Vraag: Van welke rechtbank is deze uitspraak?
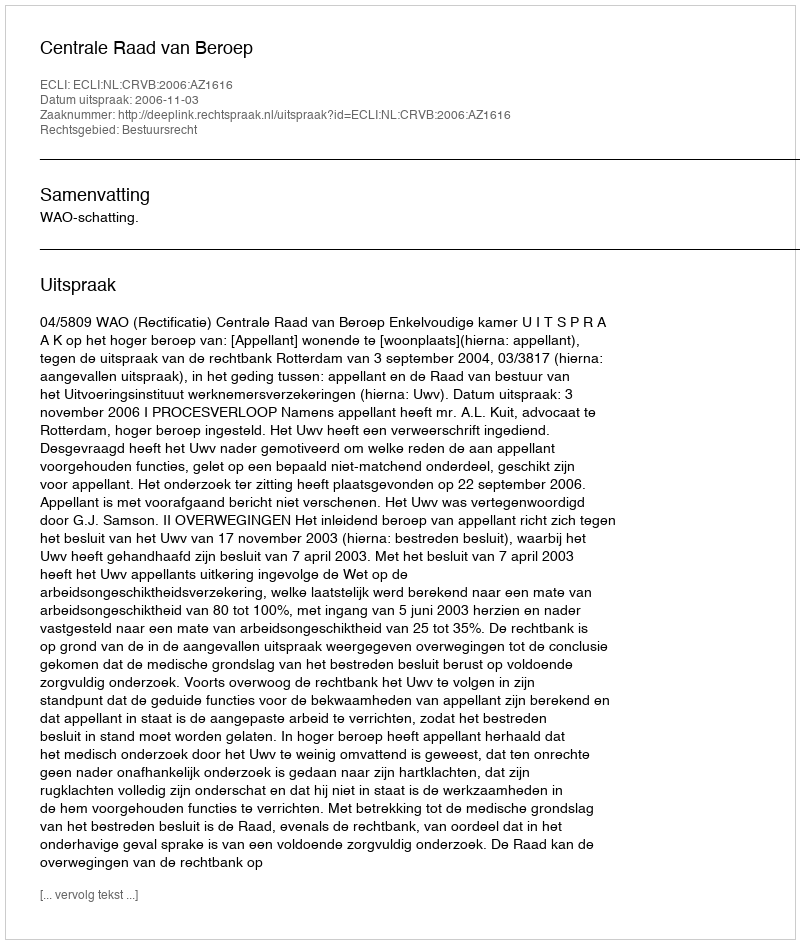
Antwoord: Centrale Raad van Beroep